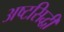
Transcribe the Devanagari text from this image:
अष्टसिद्धी